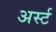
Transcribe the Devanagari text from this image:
अर्स्ट